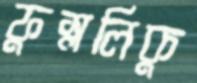
ফুস্‌ললিকু